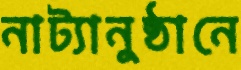
নাট্যানুষ্ঠানে